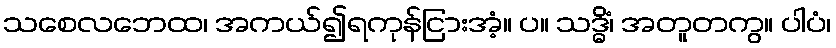
သစေလဘေထ၊ အကယ်၍ရကုန်ငြားအံ့။ ပ။ သဒ္ဓိံ၊ အတူတကွ။ ပါပံ၊